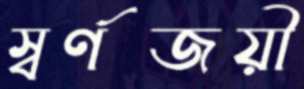
স্বর্ণজয়ী